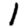
Digit: 1